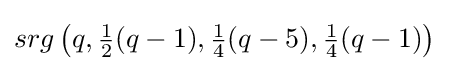
srg\left(q,{\tfrac {1}{2}}(q-1),{\tfrac {1}{4}}(q-5),{\tfrac {1}{4}}(q-1)\right)